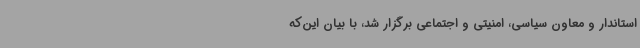
استاندار و معاون سیاسی، امنیتی و اجتماعی برگزار شد، با بیان این‌که